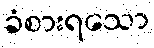
ခံစားရသော